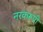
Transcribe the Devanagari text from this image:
नरकरूपी